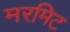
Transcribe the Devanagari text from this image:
मरमिट